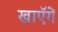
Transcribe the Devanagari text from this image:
खाएॅगें